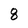
Character: 8